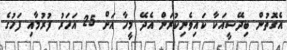
އެގޮތުން ބިދޭސީއަކާ ކައިވެނިކުރަން އެދޭ މީހާ އަށް 25 އަހަރު ފުރުމާއި ފަހުގެ